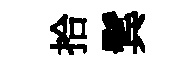
拾鬂